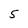
Character: 5